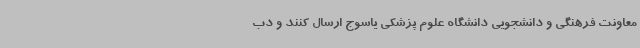
معاونت فرهنگی و دانشجویی دانشگاه علوم پزشکی یاسوج ارسال کنند و دب